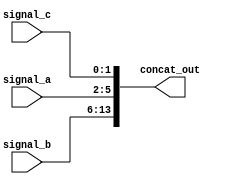
module concat_example (
    input wire [3:0] signal_a,  // 4-bit input signal
    input wire [7:0] signal_b,  // 8-bit input signal
    input wire [1:0] signal_c,  // 2-bit input signal
    output wire [13:0] concat_out // 14-bit output signal
);

// Continuous assignment using concatenation
assign concat_out = {signal_b, signal_a, signal_c}; // Concatenating signal_b, signal_a, and signal_c

endmodule